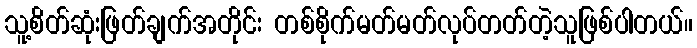
သူ့စိတ်ဆုံးဖြတ်ချက်အတိုင်း တစ်စိုက်မတ်မတ်လုပ်တတ်တဲ့သူဖြစ်ပါတယ်။